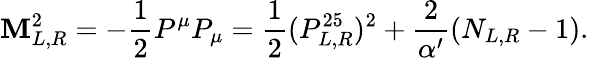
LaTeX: \mathbf{M}_{L,R}^{2}=-\frac{{1}}{{2}}P^{\mu}P_{\mu}=\frac{{1}}{{2}}(P_{L,R}^{25})^{2}+\frac{{2}}{{\alpha^{\prime}}}(N_{L,R}-1).